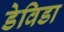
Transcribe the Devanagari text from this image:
डेविडा